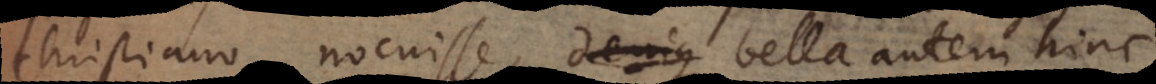
christiano nocuisse, bella autem hinc